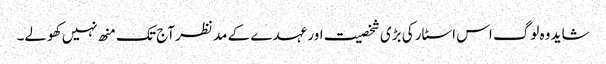
شاید وہ لوگ اس اسٹار کی بڑی شخصیت اور عہدے کے مد نظر آج تک منھ نہیں کھولے۔